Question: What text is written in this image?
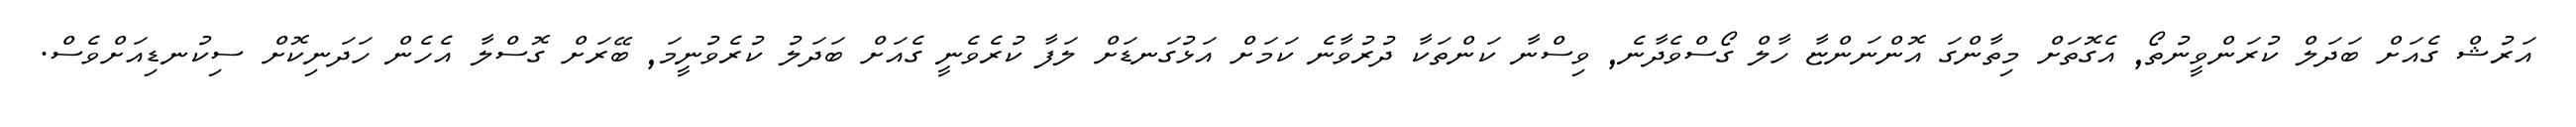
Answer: އަރުޝް ގެއަށް ބަދަލް ކުރަންވީނުތޯ, އެގޮތަށް މިތާންގަ އޮންނަންޏާ ހާލް ގޯސްވެދާނެ, ވިސްނާ ކަންތަކާ ދުރުވާނެ ކަމަށް އަޅުގަނޑަށް ލަފާ ކުރެވެނީ ގެއަށް ބަދަލު ކުރެވުނީމަ, ބޭރަށް ގޮސްލާ އެހެން ހަދަނިކޮށް ސިކުނޑިއަށްވެސް.